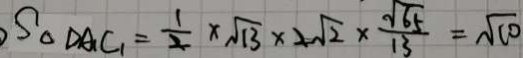
S _ { \Delta D A _ { 1 } C _ { 1 } } = \frac { 1 } { 2 } \times \sqrt { 1 3 } \times 2 \sqrt { 2 } \times \frac { \sqrt { 6 5 } } { 1 3 } = \sqrt { 1 0 }